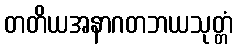
တတိယအနာဂတဘယသုတ္တံ